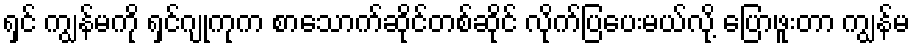
ရှင် ကျွန်မကို ရှင်ဂျုကုက စာသောက်ဆိုင်တစ်ဆိုင် လိုက်ပြပေးမယ်လို့ ပြောဖူးတာ ကျွန်မ